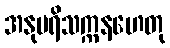
အနုပရိသက္ကနဟေတု